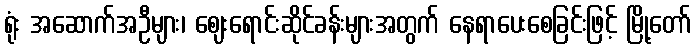
ရုံး အဆောက်အဦများ၊ ဈေးရောင်းဆိုင်ခန်းများအတွက် နေရာပေးစေခြင်းဖြင့် မြို့တော်